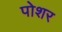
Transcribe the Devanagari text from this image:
पोशर